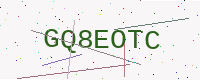
Text: GQ8EOTC